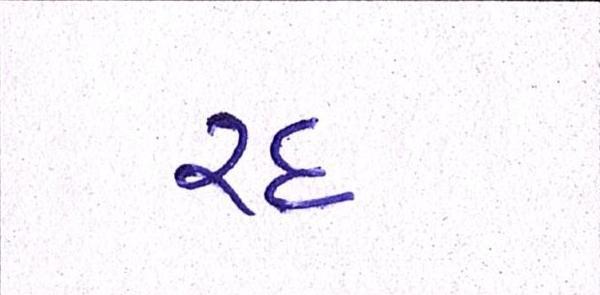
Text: રદ